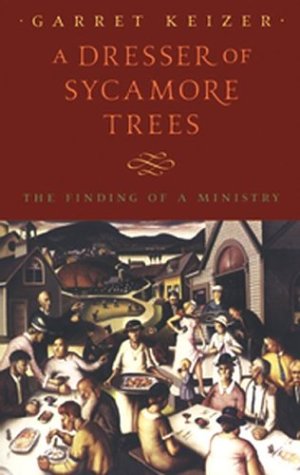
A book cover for A Dresser of Sycamore Trees: The Finding of a Ministry (Nonpareil Book, 95); Garret Keizer; Biographies & Memoirs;